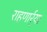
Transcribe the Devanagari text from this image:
राहणार्र्या